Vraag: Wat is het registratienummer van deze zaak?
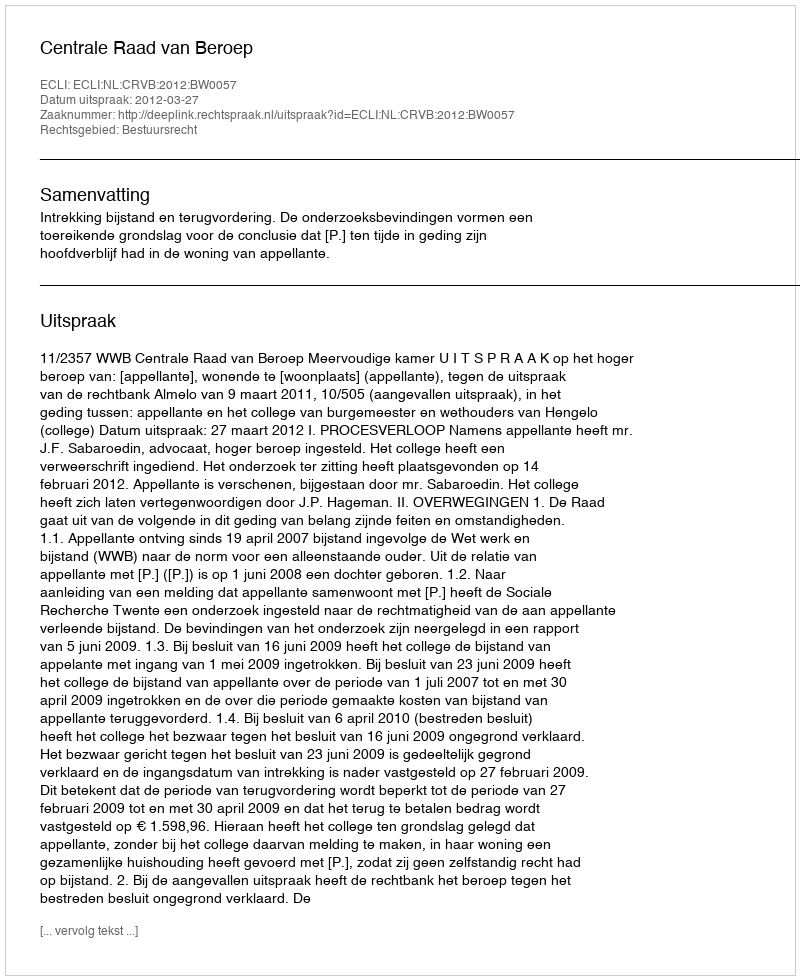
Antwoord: http://deeplink.rechtspraak.nl/uitspraak?id=ECLI:NL:CRVB:2012:BW0057